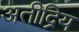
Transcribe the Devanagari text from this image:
अतीद्रिय